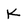
Character: K